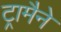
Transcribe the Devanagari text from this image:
ट्रामैने